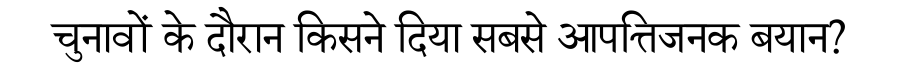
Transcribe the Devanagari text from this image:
चुनावों के दौरान किसने दिया सबसे आपत्तिजनक बयान?